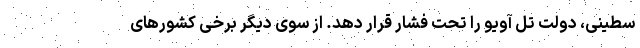
سطینی، دولت تل آویو را تحت فشار قرار دهد. از سوی دیگر برخی کشورهای